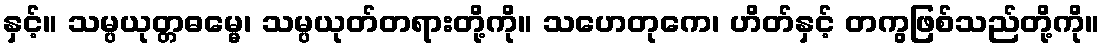
နှင့်။ သမ္ပယုတ္တဓမ္မေ၊ သမ္ပယုတ်တရားတို့ကို။ သဟေတုကေ၊ ဟိတ်နှင့် တကွဖြစ်သည်တို့ကို။